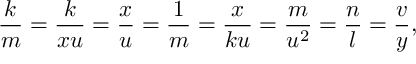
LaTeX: \frac k m = \frac k { x u } = \frac x u = \frac 1 m = \frac x { k u } = \frac m { u ^ { 2 } } = \frac n l = \frac v y ,